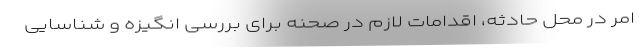
امر در محل حادثه، اقدامات لازم در صحنه برای بررسی انگیزه و شناسایی